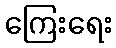
ကြေးရေး